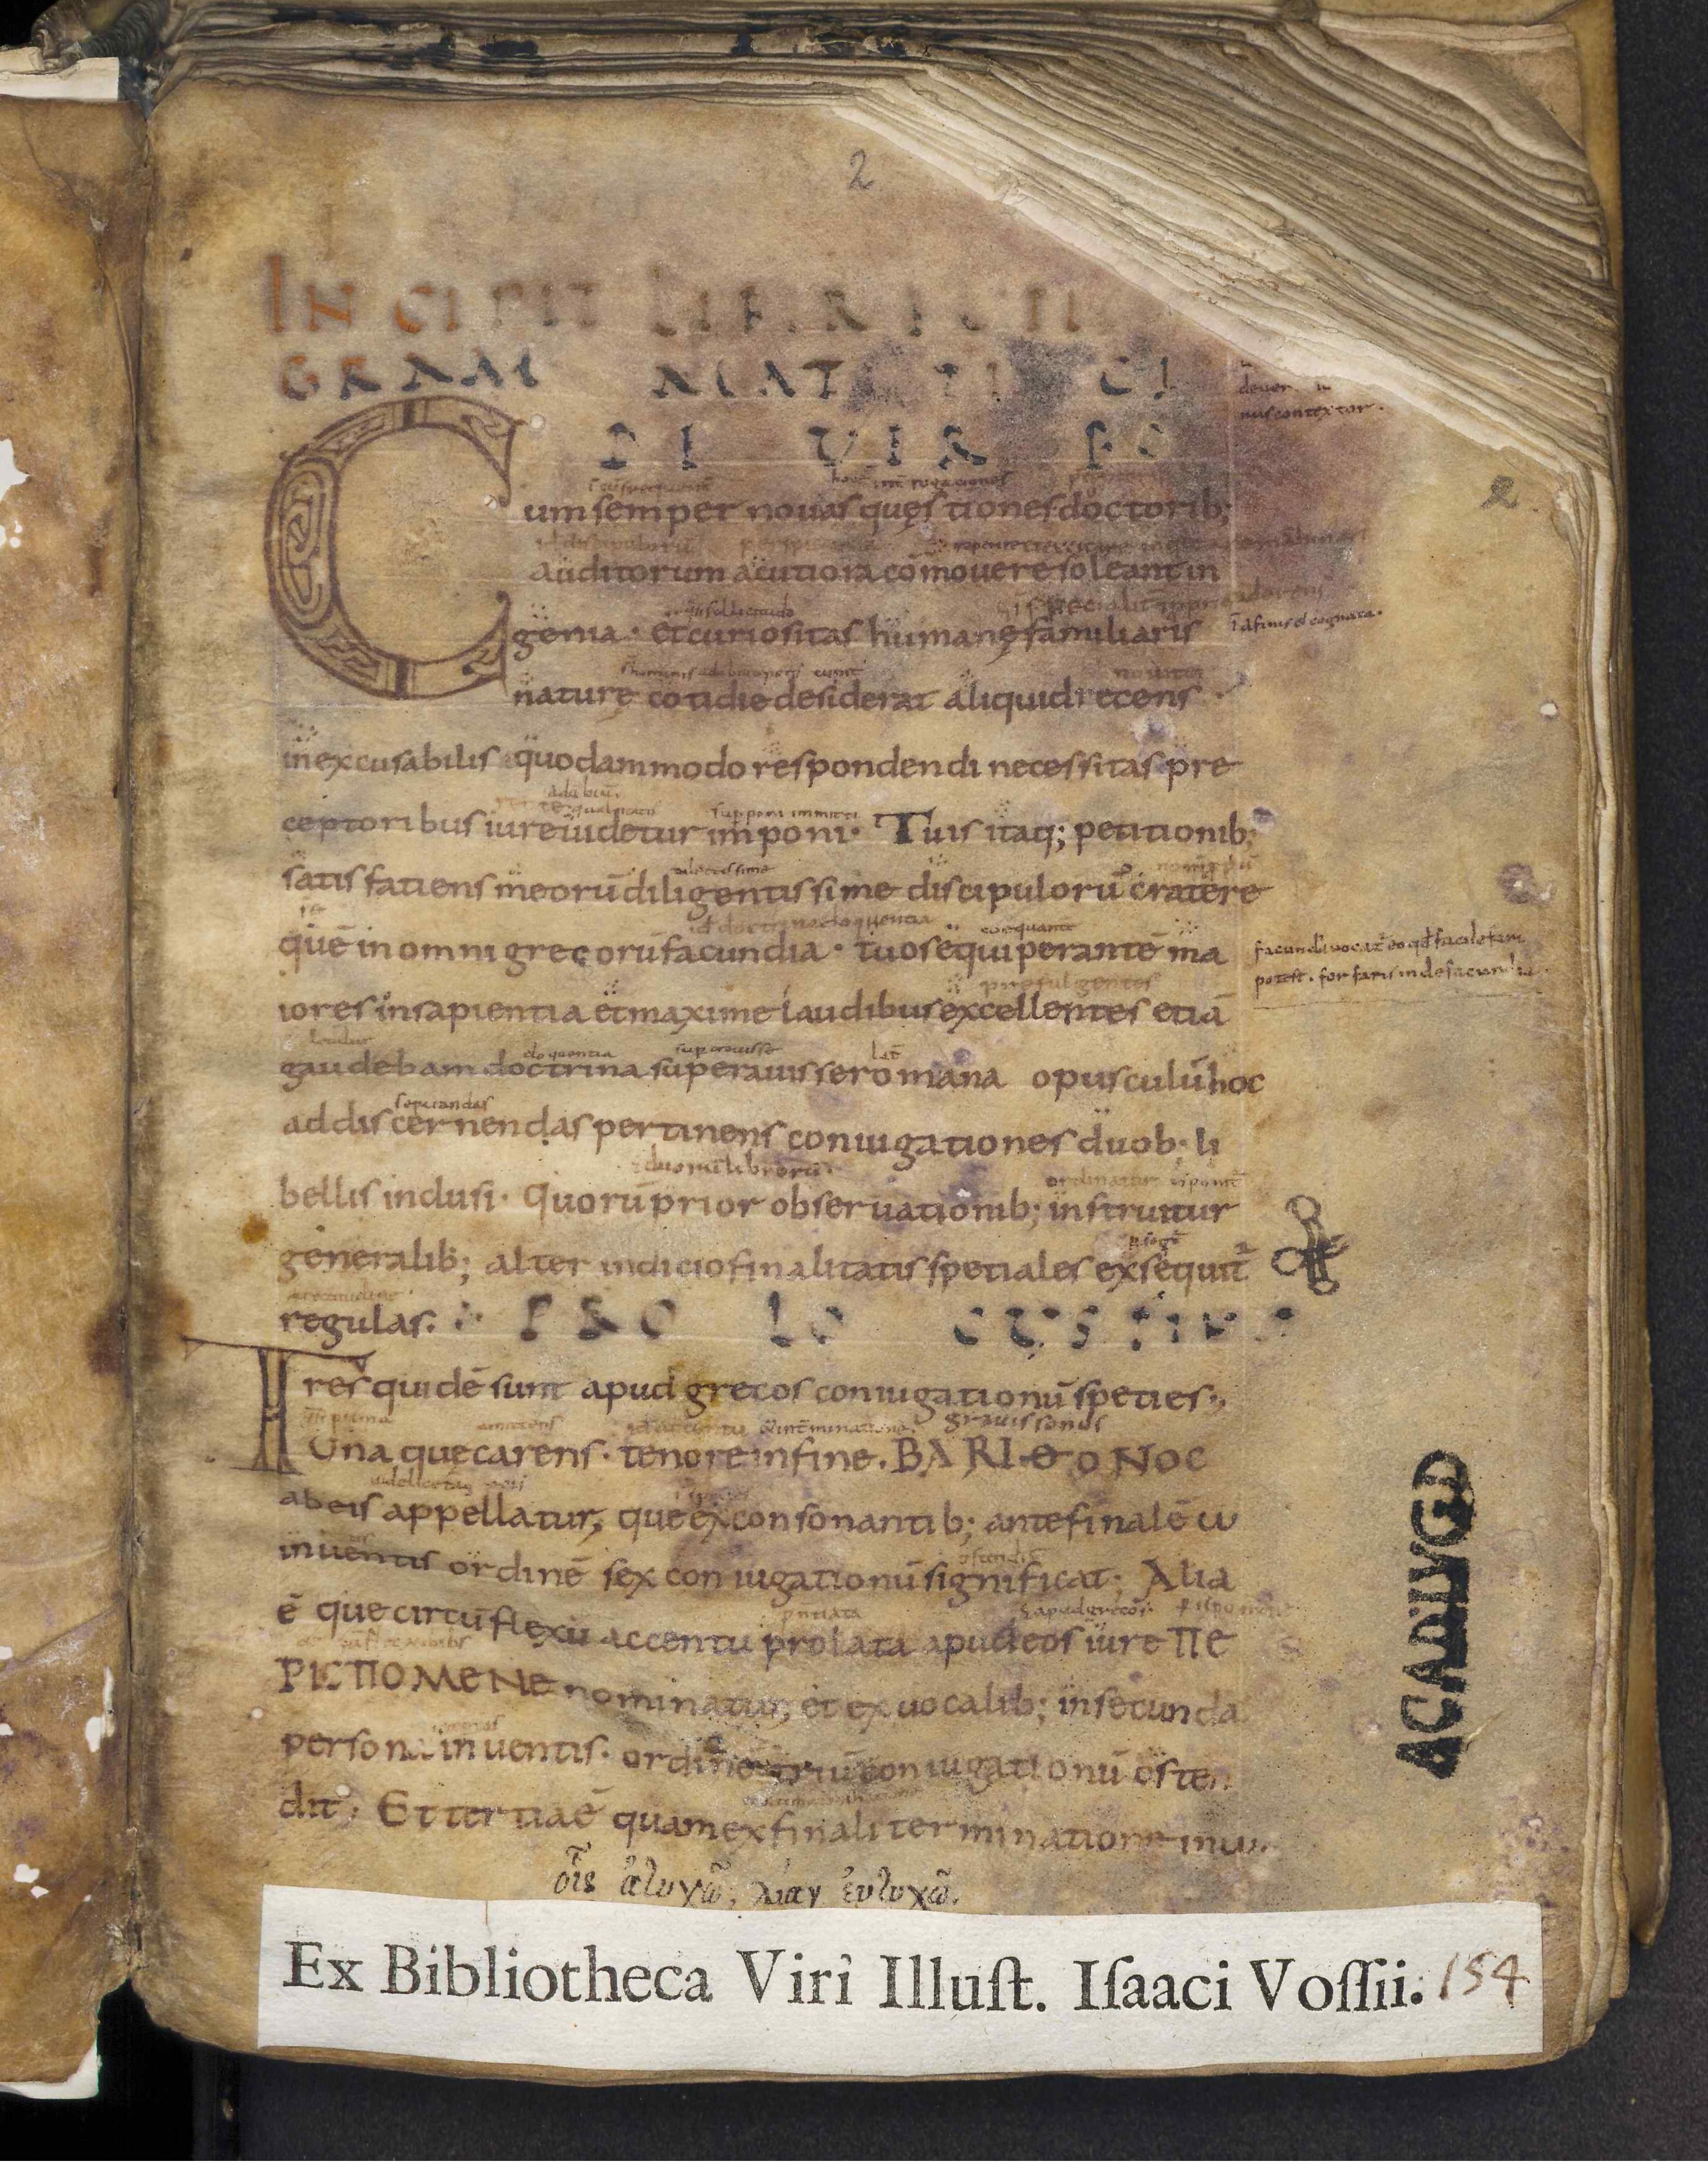
Shelfmark: Leiden, Bibliotheek der Rijksuniversiteit, Voss. Lat. O 41
Century: 9